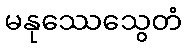
မနုဿေသွေတံ